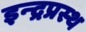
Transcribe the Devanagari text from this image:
इन्‍द्रप्रस्‍थ